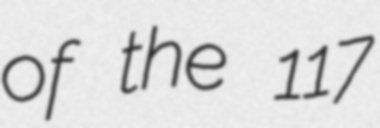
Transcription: of the 117